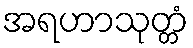
အရဟာသုတ္တံ